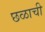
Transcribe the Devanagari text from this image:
छळाची